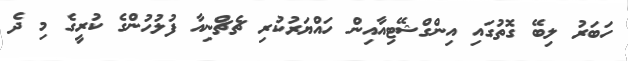
ހަބަރު ލިބޭ ގޮތުގައި އިންގްޝޭޓިއާއިން ހައްޔަރުކުރި ޗެޗްނިއާ ފުލުހުންގެ ކުރީގެ މި ދެ